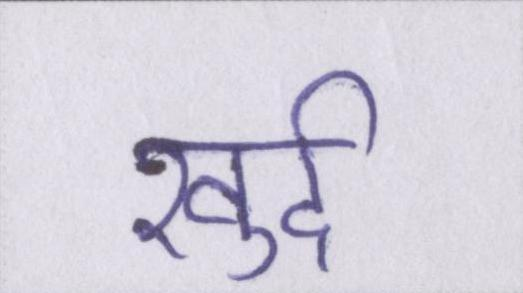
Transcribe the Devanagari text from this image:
खुर्द